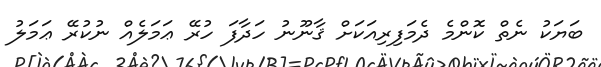
ބަޔަކު ނެތް ކޮންމެ ދެމަފިރިއަކަށް ޤާނޫނު ހަދާފަ ހުރޭ ޢަމަލެއް ނުކުރޭ ޢަމަލު